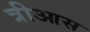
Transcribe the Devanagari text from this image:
त्रीआस